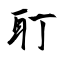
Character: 耵